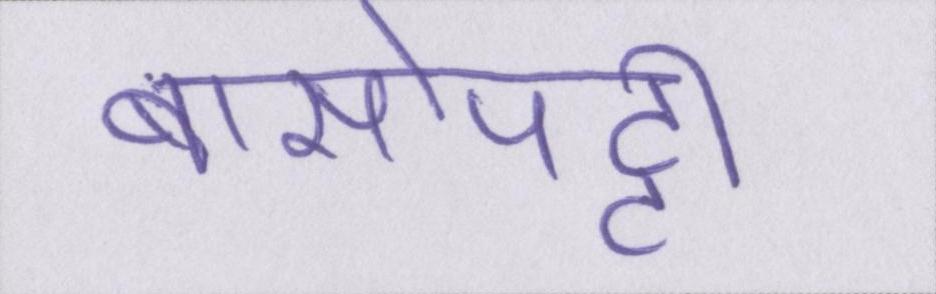
बासोपट्टी